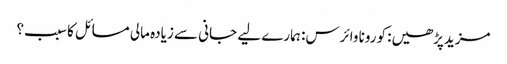
مزیدپڑھیں: کورونا وائرس: ہمارے لیے جانی سے زیادہ مالی مسائل کا سبب؟